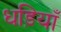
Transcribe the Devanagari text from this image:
धड़ियाँ